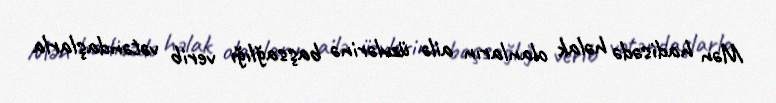
Mən hadisədə həlak olanların ailə üzvlərinə başsağlığı verib vətəndaşlarla